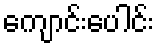
ကျောင်းပေါင်း